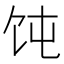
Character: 饨